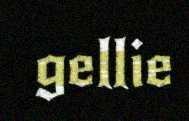
gellie